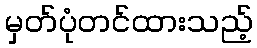
မှတ်ပုံတင်ထားသည့်